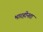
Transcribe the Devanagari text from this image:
भारहीनता